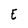
Character: E